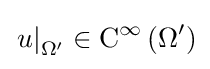
\left.u\right|_{\Omega ^{\prime }}\in \mathrm {C} ^{\infty }\left(\Omega ^{\prime }\right)